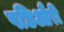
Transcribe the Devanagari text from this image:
पछिऔरी